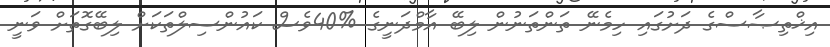
އިޚްތިޞާސްގެ ދަށުގައި ހިމެނޭ ތަންތަނުން ލިބޭ އާމްދަނީގެ %40ވެސް ކައުންސިލްތަކަށް ލިބޭގޮތަށް ވަނީ